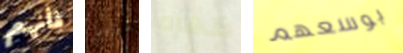
فأنهم تدوير ظهره بوسعهم